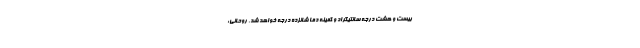
بیست و هشت درجه سانتیگراد و کمینه دما شانزده درجه خواهد شد. روحانی: